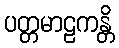
ပတ္တမာဠကန္တိ